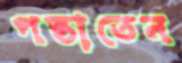
পস্তাতেন